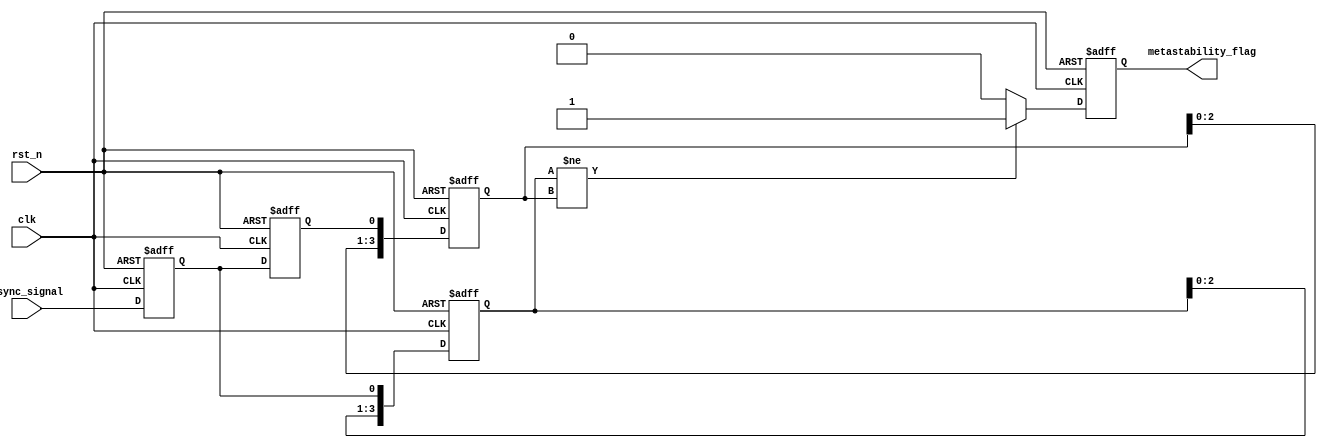
module MetastabilityDetector #(
    parameter NUM_SAMPLES = 4 // Number of samples to analyze
)(
    input wire clk,            // Clock signal
    input wire rst_n,          // Active low reset
    input wire async_signal,    // Asynchronous input signal
    output reg metastability_flag // Output flag for metastability condition
);

    // Internal signals
    reg latch1, latch2;
    reg [NUM_SAMPLES-1:0] memory_blocks [1:0]; // Two memory blocks for latch outputs
    integer i;

    // Latch sampling on clock edges
    always @(posedge clk or negedge rst_n) begin
        if (!rst_n) begin
            latch1 <= 1'b0;
            latch2 <= 1'b0;
        end else begin
            latch1 <= async_signal; // Sample input signal
            latch2 <= latch1;       // Sample output of the first latch
        end
    end

    // Store latch outputs in memory blocks
    always @(posedge clk or negedge rst_n) begin
        if (!rst_n) begin
            for (i = 0; i < NUM_SAMPLES; i = i + 1) begin
                memory_blocks[0][i] <= 1'b0; // Clear memory block 0
                memory_blocks[1][i] <= 1'b0; // Clear memory block 1
            end
        end else begin
            memory_blocks[0] <= {memory_blocks[0][NUM_SAMPLES-2:0], latch1}; // Shift in latch1 output
            memory_blocks[1] <= {memory_blocks[1][NUM_SAMPLES-2:0], latch2}; // Shift in latch2 output
        end
    end

    // Metastability detection logic
    always @(posedge clk or negedge rst_n) begin
        if (!rst_n) begin
            metastability_flag <= 1'b0; // Reset metastability flag
        end else begin
            // Check if the outputs of the latches are inconsistent
            if (memory_blocks[0] != memory_blocks[1]) begin
                metastability_flag <= 1'b1; // Set flag if outputs are inconsistent
            end else begin
                metastability_flag <= 1'b0; // Clear flag if outputs are consistent
            end
        end
    end

endmodule